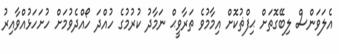
އެލަވަންސް ލިބޭގޮތަށް ޙިފްޡުކޮށް އިމާމުވެ ތަރާވީޙް ނަމާދު ކުރުމުގެ ހުއްދަ ހޯއްދެވުމަށް ހުށަހަޅުއްވާއިރު